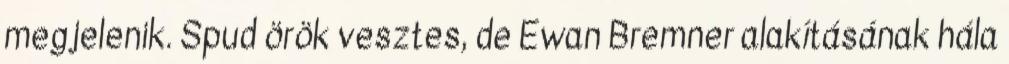
megjelenik. Spud örök vesztes, de Ewan Bremner alakításának hála